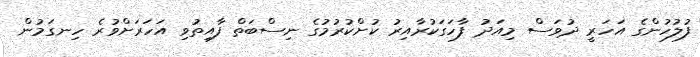
ފުލުހުންގެ އަހަރީ ދުވަސް މިއަދު ފާހަގަކުރާއިރު ކުށްކުރުމުގެ ނިސްބަތް ފާއިތުވި އަހަރަށްވުރެ ހިނގަމުން